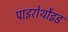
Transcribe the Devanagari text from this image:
पाइरोर्थोइड